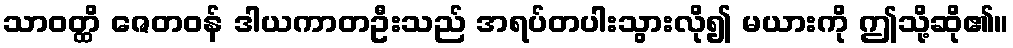
သာဝတ္ထိ ဇေတဝန် ဒါယကာတဦးသည် အရပ်တပါးသွားလို၍ မယားကို ဤသို့ဆို၏။